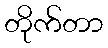
တိုက်တာ